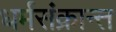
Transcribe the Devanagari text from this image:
धर्मसंक्रान्त